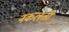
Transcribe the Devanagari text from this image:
नकलती